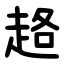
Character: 䞦